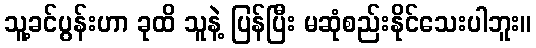
သူ့ခင်ပွန်းဟာ ခုထိ သူနဲ့ ပြန်ပြီး မဆုံစည်းနိုင်သေးပါဘူး။